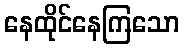
နေထိုင်နေကြသော